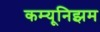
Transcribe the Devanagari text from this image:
कम्यूनिझम